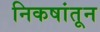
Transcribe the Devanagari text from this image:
निकषांतून